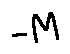
- M